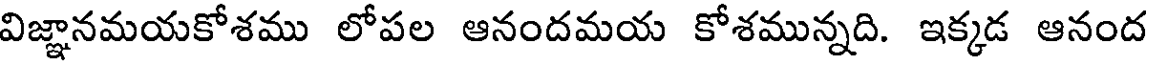
విజ్ఞానమయకోశము లోపల ఆనందమయ కోశమున్నది. ఇక్కడ ఆనంద